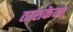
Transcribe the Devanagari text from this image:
ताशकेन्त